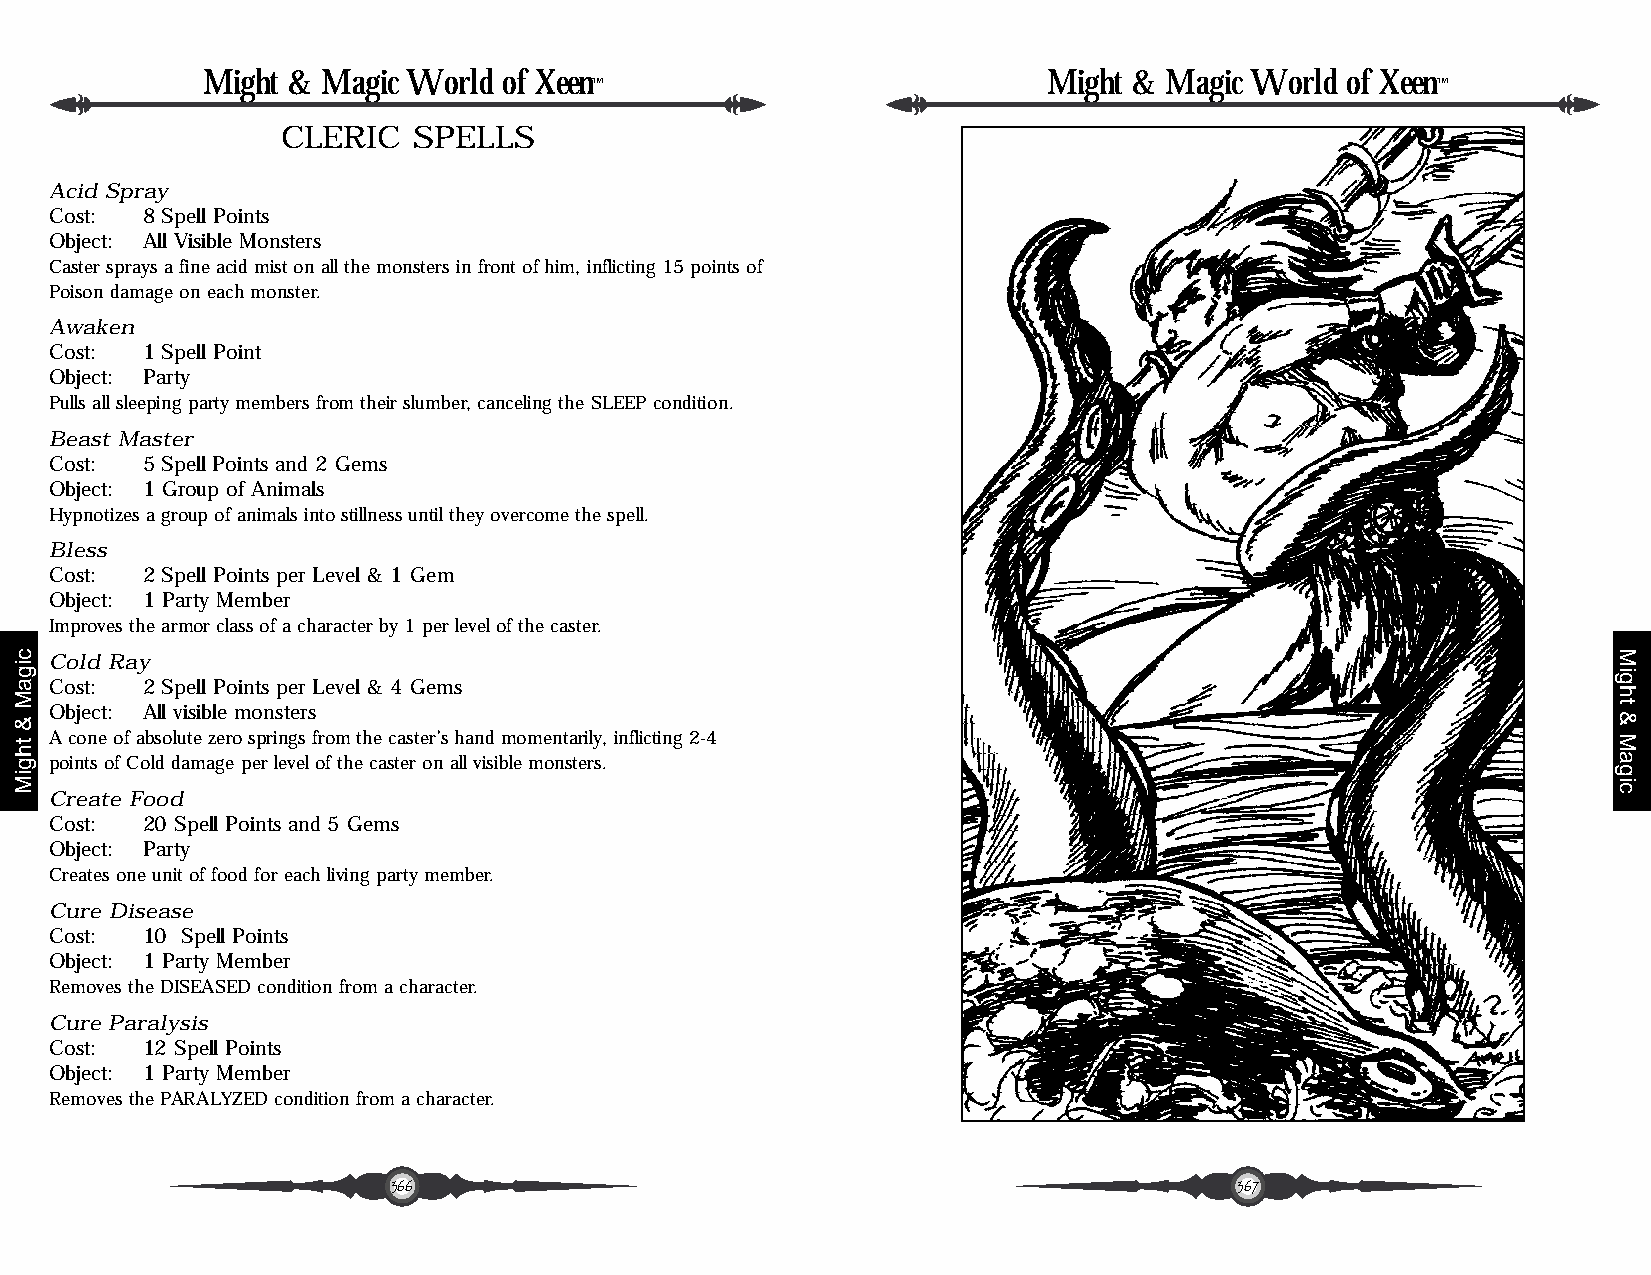
Might & Magic World of Xeen                             Might & Magic World of Xeen
 ™                                                       ™
 CLERIC  SPELLS
 Acid Spray
 Cost: 8 Spell Points
 Object: All Visible Monsters
 Caster sprays a fine acid mist on all the monsters in front of him, inflicting 15 points of
 Poison damage on each monster.
 Awaken
 Cost: 1 Spell Point
 Object: Party
 Pulls all sleeping party members from their slumber, canceling the SLEEP condition.
 Beast Master
 Cost: 5 Spell Points and 2 Gems
 Object: 1 Group of Animals
 Hypnotizes a group of animals into stillness until they overcome the spell.
 Bless
 Cost: 2 Spell Points per Level & 1 Gem
 Object: 1 Party Member
 Improves the armor class of a character by 1 per level of the caster.
 Cold Ray
 Cost: 2 Spell Points per Level & 4 Gems
 Object: All visible monsters
 A cone of absolute zero springs from the caster’s hand momentarily, inflicting 2-4
 points of Cold damage per level of the caster on all visible monsters.
 Create Food
 Cost: 20 Spell Points and 5 Gems
 Object: Party
 Creates one unit of food for each living party member.
 Cure Disease
 Cost: 10 Spell Points
 Object: 1 Party Member
 Removes the DISEASED condition from a character.
 Cure Paralysis
 Cost: 12 Spell Points
 Object: 1 Party Member
 Removesthe PARALYZED condition from a character.
 366                                                     367
 cigaM
 &
 thgiM
 Might
 &
 Magic